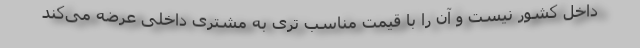
داخل کشور نیست و آن را با قیمت مناسب تری به مشتری داخلی عرضه می‌کند